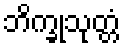
ဘိက္ခုသုတ္တံ